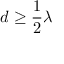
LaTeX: d \geq { \frac { 1 } { 2 } } \lambda